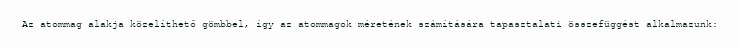
Az atommag alakja közelíthető gömbbel, így az atommagok méretének számítására tapasztalati összefüggést alkalmazunk: